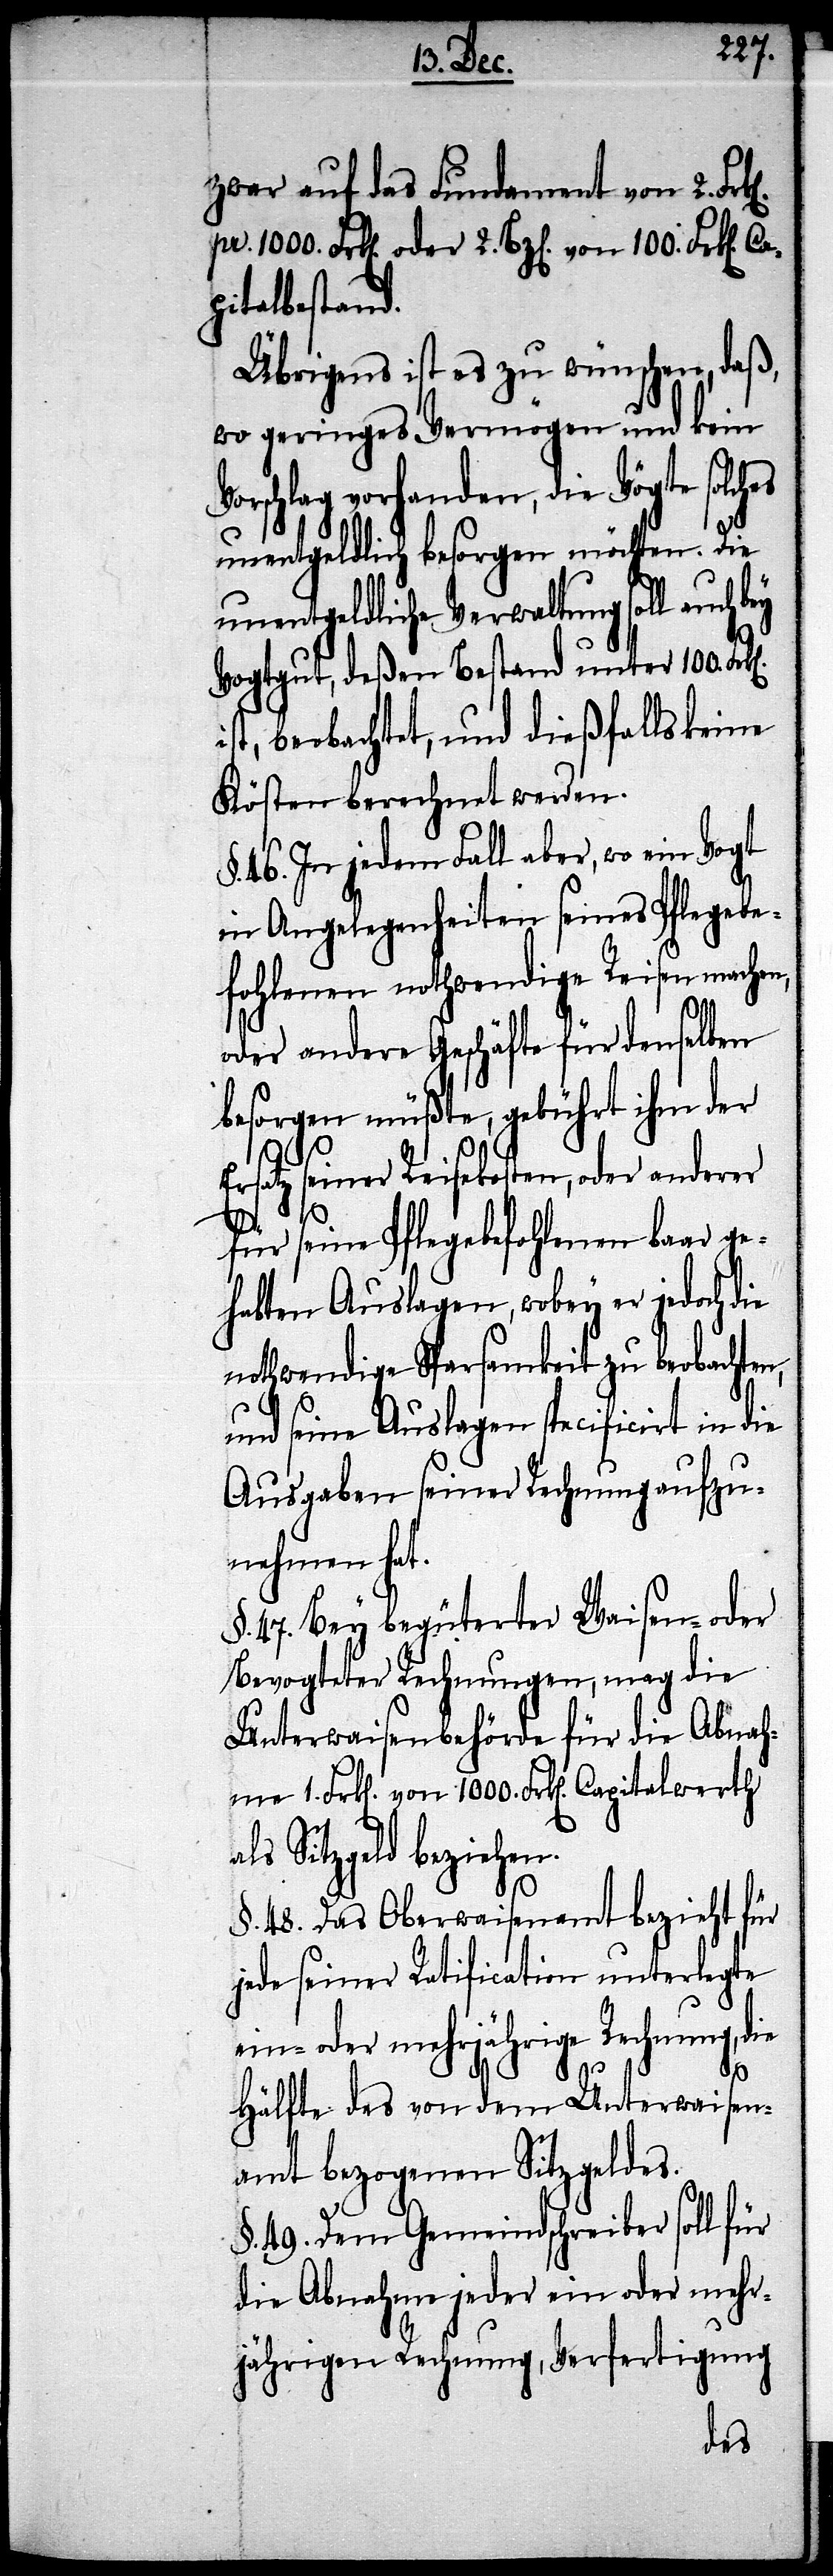
zwar auf das Fundament von 2. Fr¬
pitalbestand.
Übrigens ist es zu wünschen, daß
wo geringes Vermögen und kein
orschlag vorhanden, die Vögte solches
unentgeldlich besorgen möchten. Die
unentgeldliche Verwaltung soll auch
Vogtgut, deßen Bestand unter 100.
st, beobachtet, und dießfalls keine
Kösten berechnet werden.
§. 46. In jedem Fall aber, wo ein Vogt
in Angelegenheiten seines Pflegebe¬
fohlenen nothwendige Reisen machen,
1000.
oder andere Geschäfte für denselben
besorgen müßte, gebührt ihm der
Ersatz seiner Reisekosten, oder anderer
für seine Pflegebefohlenen baar ge¬
habten Auslagen, wobey er jedoch die
nothwendige Sparsamkeit zu beobachten
und seine Auslagen specificirt in die
Ausgaben seiner Rechnung aufzu¬
nehmen hat.
§. 47. Bey begüterter Waisen- oder
Bevogteter Rechnungen, mag die
Unterwaisenbehörde für die Abnahme
als Sitzgeld beziehen.
§. 48. Das Oberwaisenamt bezieht für
jede seiner Ratification unterlegte
ein- oder mehrjährige Rechnung, die
Hälfte des von dem Unterwaisen¬
amt bezogenen Sitzgeldes.
§. 49. Dem Gemeindschreiber soll für
die Abnahme jeder ein oder mehr¬
jährigen Rechnung, Verfertigung